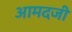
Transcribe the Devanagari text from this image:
आमदजी